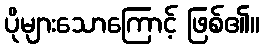
ပိုများသောကြောင့် ဖြစ်၏။